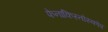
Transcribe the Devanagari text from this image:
फेनाकिस्तोस्कोप